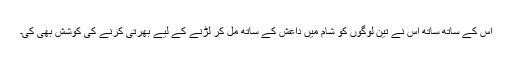
اس کے ساتھ ساتھ اس نے تین لوگوں کو شام میں داعش کے ساتھ مل کر لڑنے کے لیے بھرتی کرنے کی کوشش بھی کی۔